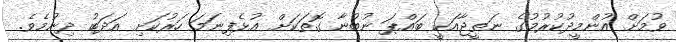
ވުމަށް އުންމީދުކުރުމުގެ ނަތީޖާއަކީ ބައްޕަ ނުބުނާ ގޮތަކަށް އުޅެފިނަމަ ހަރުކަށި އަދަބު ދިނުމެވެ.